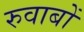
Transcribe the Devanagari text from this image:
रुवाबों